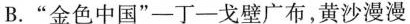
B.”金色中国”——丁——戈壁广布，黄沙漫漫